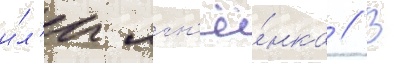
и́л'и ягн'ё́нка // В